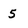
Character: 5